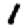
Digit: 1